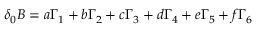
\delta _ { 0 } B = a \Gamma _ { 1 } + b \Gamma _ { 2 } + c \Gamma _ { 3 } + d \Gamma _ { 4 } + e \Gamma _ { 5 } + f \Gamma _ { 6 }